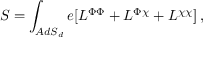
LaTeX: S = \int _ { A d S _ { d } } e [ L ^ { \Phi \Phi } + L ^ { \Phi \chi } + L ^ { \chi \chi } ] \, ,